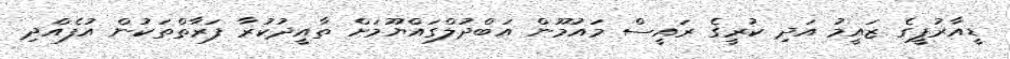
ޑީއާރުޕީގެ ޒައީމު އަދި ކުރީގެ ރައީސް މައުމޫން އަބްދުލްގައްޔޫމަށް ތާއީދުކުރާ ފަރާތްތަކުން އުފެއްދި